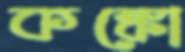
কঙ্কো